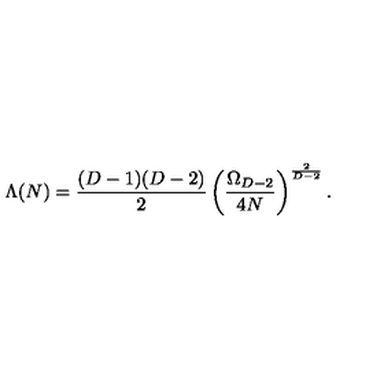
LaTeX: \Lambda ( N ) = { \frac { ( D - 1 ) ( D - 2 ) } { 2 } } \left( { \frac { \Omega _ { D - 2 } } { 4 N } } \right) ^ { \frac { 2 } { D - 2 } } .